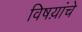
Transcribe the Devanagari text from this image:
विषय़ांचे